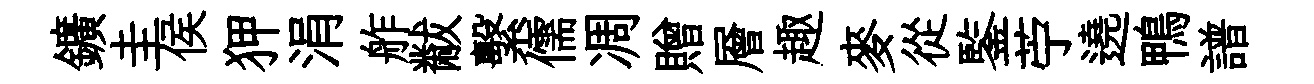
鑛圭侯狎涓舴黻繫儒凋贈層趣麥從鍳苧遶鴨譜